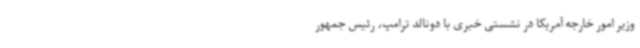
وزیر امور خارجه آمریکا در نشستی خبری با دونالد ترامپ‌، رئیس جمهور